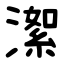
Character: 㵖